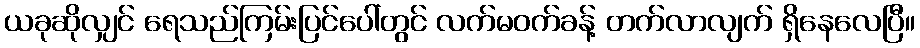
ယခုဆိုလျှင် ရေသည်ကြမ်းပြင်ပေါ်တွင် လက်မဝက်ခန့် တက်လာလျက် ရှိနေလေပြီ။